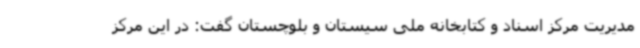
مدیریت مرکز اسناد و کتابخانه ملی سیستان و بلوچستان گفت: در این مرکز